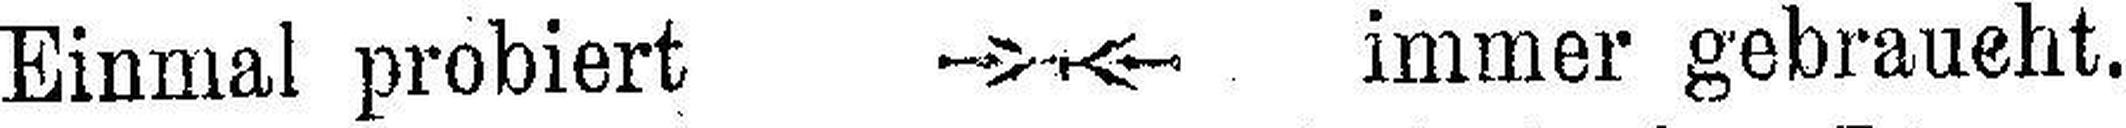
Einmal probiert immer gebraucht.